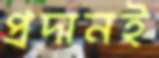
প্রদানই